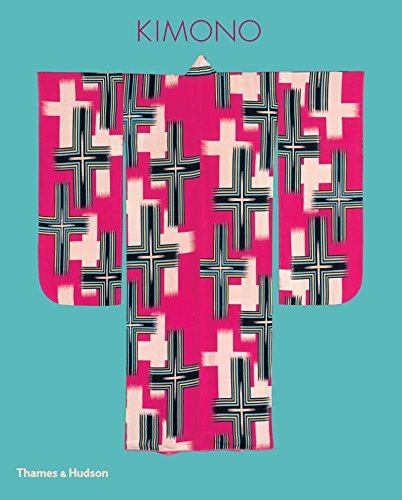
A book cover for Kimono: The Art and Evolution of Japanese Fashion; Crafts, Hobbies & Home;